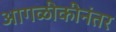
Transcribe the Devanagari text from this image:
आगळीकीनंतर